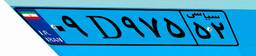
۸۷D۹۷۸۱۱